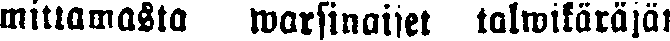
mittamasta warsinaiset talwikäräjät